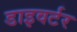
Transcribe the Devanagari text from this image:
डाइवर्टर